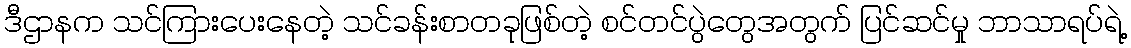
ဒီဌာနက သင်ကြားပေးနေတဲ့ သင်ခန်းစာတခုဖြစ်တဲ့ စင်တင်ပွဲတွေအတွက် ပြင်ဆင်မှု ဘာသာရပ်ရဲ့